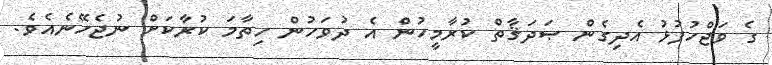
ގެ ވަޖްހުފުޅު އެދިގެން ޞަދަޤާތް ކުރާމީހުން އެ ދުވަހުން ހިތާމަ ކުރާކަށް ނުޖެހޭނެއެވެ.